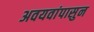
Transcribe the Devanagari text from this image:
अवयवांपासुन